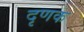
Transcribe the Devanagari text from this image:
दृणक